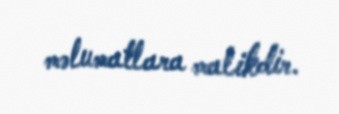
məlumatlara malikdir.